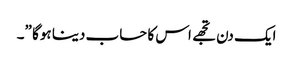
ایک دن تجھے اس کا حساب دینا ہوگا ”۔